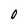
Character: 0